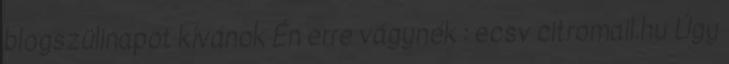
blogszülinapot kívánok Én erre vágynék : ecsv citromail.hu Úgy